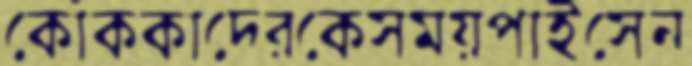
কোঁককাদেরকেসময়পাইসেন